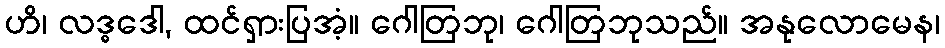
ဟိ၊ လဒ္ဓဒေါ, ထင်ရှားပြအံ့။ ဂေါတြဘု၊ ဂေါတြဘုသည်။ အနုလောမေန၊